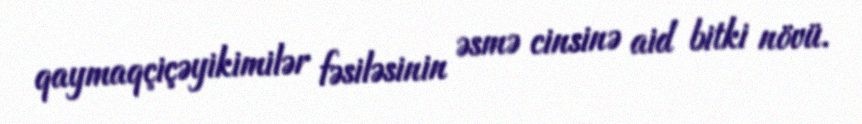
qaymaqçiçəyikimilər fəsiləsinin əsmə cinsinə aid bitki növü.